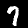
Label: 7